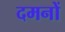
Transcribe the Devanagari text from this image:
दमनों